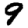
Digit: 9